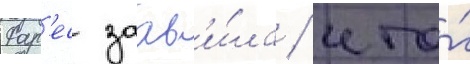
Фар'ес заав'и́ла / что́